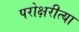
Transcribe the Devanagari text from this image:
परोक्षरीत्या